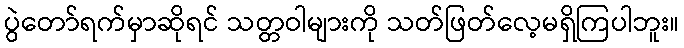
ပွဲတော်ရက်မှာဆိုရင် သတ္တဝါများကို သတ်ဖြတ်လေ့မရှိကြပါဘူး။